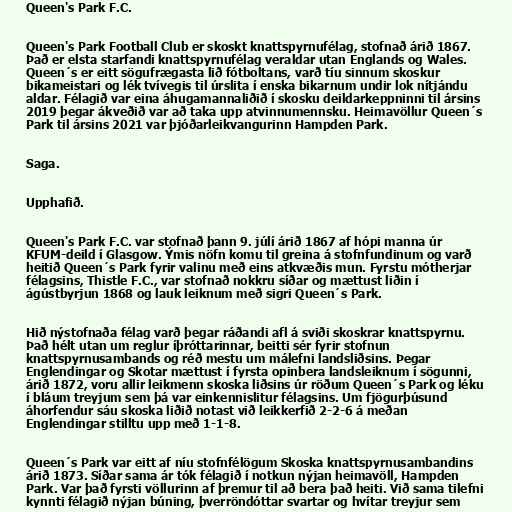
Queen's Park F.C.

Queen's Park Football Club er skoskt knattspyrnufélag, stofnað árið 1867.
Það er elsta starfandi knattspyrnufélag veraldar utan Englands og Wales.
Queen´s er eitt sögufrægasta lið fótboltans, varð tíu sinnum skoskur
bikameistari og lék tvívegis til úrslita í enska bikarnum undir lok nítjándu
aldar. Félagið var eina áhugamannaliðið í skosku deildarkeppninni til ársins
2019 þegar ákveðið var að taka upp atvinnumennsku. Heimavöllur Queen´s
Park til ársins 2021 var þjóðarleikvangurinn Hampden Park.

Saga.

Upphafið.

Queen's Park F.C. var stofnað þann 9. júlí árið 1867 af hópi manna úr
KFUM-deild í Glasgow. Ýmis nöfn komu til greina á stofnfundinum og varð
heitið Queen´s Park fyrir valinu með eins atkvæðis mun. Fyrstu mótherjar
félagsins, Thistle F.C., var stofnað nokkru síðar og mættust liðin í
ágústbyrjun 1868 og lauk leiknum með sigri Queen´s Park.

Hið nýstofnaða félag varð þegar ráðandi afl á sviði skoskrar knattspyrnu.
Það hélt utan um reglur íþróttarinnar, beitti sér fyrir stofnun
knattspyrnusambands og réð mestu um málefni landsliðsins. Þegar
Englendingar og Skotar mættust í fyrsta opinbera landsleiknum í sögunni,
árið 1872, voru allir leikmenn skoska liðsins úr röðum Queen´s Park og léku
í bláum treyjum sem þá var einkennislitur félagsins. Um fjögurþúsund
áhorfendur sáu skoska liðið notast við leikkerfið 2-2-6 á meðan
Englendingar stilltu upp með 1-1-8.

Queen´s Park var eitt af níu stofnfélögum Skoska knattspyrnusambandins
árið 1873. Síðar sama ár tók félagið í notkun nýjan heimavöll, Hampden
Park. Var það fyrsti völlurinn af þremur til að bera það heiti. Við sama tilefni
kynnti félagið nýjan búning, þverröndóttar svartar og hvítar treyjur sem